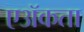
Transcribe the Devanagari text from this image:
एॲकता